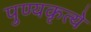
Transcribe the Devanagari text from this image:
पुण्यकृत्ये